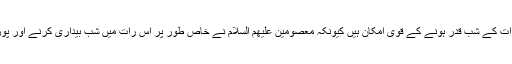
روایات سے ظاہر ہوتا ہے کہ 23 رمضان المبارک کی رات کے شب قدر ہونے کے قوی امکان ہیں کیونکہ معصومین علیھم السلام نے خاص طور پر اس رات میں شب بیداری کرنے اور پوری رات عبادت میں گزارنے کی بہت زیادہ تاکید کی ہے۔